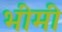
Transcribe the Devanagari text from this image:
भीमी